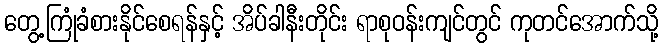
တွေ့ကြုံခံစားနိုင်စေရန်နှင့် အိပ်ခါနီးတိုင်း ရာစုဝန်းကျင်တွင် ကုတင်အောက်သို့